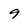
Character: 9